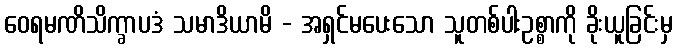
ဝေရမဏိသိက္ခာပဒံ သမာဒိယာမိ - အရှင်မပေးသော သူတစ်ပါးဥစ္စာကို ခိုးယူခြင်းမှ